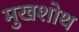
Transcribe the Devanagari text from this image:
मुखशोथ